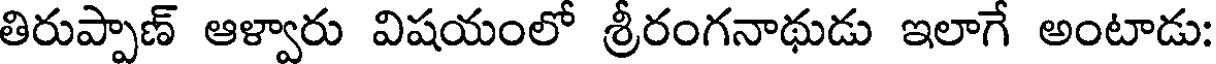
తిరుప్పాణ్ ఆళ్వారు విషయంలో శ్రీరంగనాథుడు ఇలాగే అంటాడు